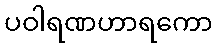
ပဝါရဏဟာရကော